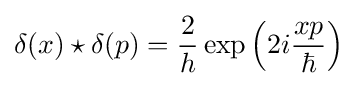
\delta (x)\star \delta (p)={\frac {2}{h}}\exp \left(2i{\frac {xp}{\hbar }}\right)